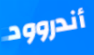
أندروود